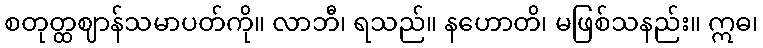
စတုတ္ထဈာန်သမာပတ်ကို။ လာဘီ၊ ရသည်။ နဟောတိ၊ မဖြစ်သနည်း။ ဣဓ၊